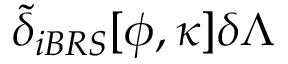
\widetilde { \delta } _ { i B R S } [ \phi , \kappa ] \delta \Lambda \protect